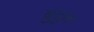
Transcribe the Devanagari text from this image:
ब्रुद्रुक